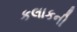
કલાકની